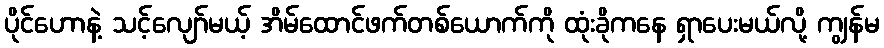
ပိုင်ဟောနဲ့ သင့်လျော်မယ့် အိမ်ထောင်ဖက်တစ်ယောက်ကို ထုံးခိုကနေ ရှာပေးမယ်လို့ ကျွန်မ